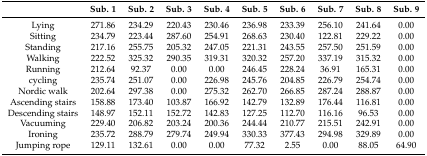
<table><thead><tr><td></td><td><b>Sub. 1</b></td><td><b>Sub. 2</b></td><td><b>Sub. 3</b></td><td><b>Sub. 4</b></td><td><b>Sub. 5</b></td><td><b>Sub. 6</b></td><td><b>Sub. 7</b></td><td><b>Sub. 8</b></td><td><b>Sub. 9</b></td></tr></thead><tbody><tr><td>Lying</td><td>271.86</td><td>234.29</td><td>220.43</td><td>230.46</td><td>236.98</td><td>233.39</td><td>256.10</td><td>241.64</td><td>0.00</td></tr><tr><td>Sitting</td><td>234.79</td><td>223.44</td><td>287.60</td><td>254.91</td><td>268.63</td><td>230.40</td><td>122.81</td><td>229.22</td><td>0.00</td></tr><tr><td>Standing</td><td>217.16</td><td>255.75</td><td>205.32</td><td>247.05</td><td>221.31</td><td>243.55</td><td>257.50</td><td>251.59</td><td>0.00</td></tr><tr><td>Walking</td><td>222.52</td><td>325.32</td><td>290.35</td><td>319.31</td><td>320.32</td><td>257.20</td><td>337.19</td><td>315.32</td><td>0.00</td></tr><tr><td>Running</td><td>212.64</td><td>92.37</td><td>0.00</td><td>0.00</td><td>246.45</td><td>228.24</td><td>36.91</td><td>165.31</td><td>0.00</td></tr><tr><td>cycling</td><td>235.74</td><td>251.07</td><td>0.00</td><td>226.98</td><td>245.76</td><td>204.85</td><td>226.79</td><td>254.74</td><td>0.00</td></tr><tr><td>Nordic walk</td><td>202.64</td><td>297.38</td><td>0.00</td><td>275.32</td><td>262.70</td><td>266.85</td><td>287.24</td><td>288.87</td><td>0.00</td></tr><tr><td>Ascending stairs</td><td>158.88</td><td>173.40</td><td>103.87</td><td>166.92</td><td>142.79</td><td>132.89</td><td>176.44</td><td>116.81</td><td>0.00</td></tr><tr><td>Descending stairs</td><td>148.97</td><td>152.11</td><td>152.72</td><td>142.83</td><td>127.25</td><td>112.70</td><td>116.16</td><td>96.53</td><td>0.00</td></tr><tr><td>Vacuuming</td><td>229.40</td><td>206.82</td><td>203.24</td><td>200.36</td><td>244.44</td><td>210.77</td><td>215.51</td><td>242.91</td><td>0.00</td></tr><tr><td>Ironing</td><td>235.72</td><td>288.79</td><td>279.74</td><td>249.94</td><td>330.33</td><td>377.43</td><td>294.98</td><td>329.89</td><td>0.00</td></tr><tr><td>Jumping rope</td><td>129.11</td><td>132.61</td><td>0.00</td><td>0.00</td><td>77.32</td><td>2.55</td><td>0.00</td><td>88.05</td><td>64.90</td></tr></tbody></table>